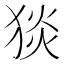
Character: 𤟇